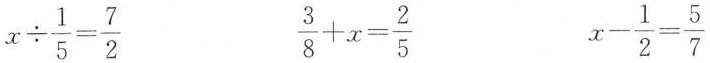
$$x \div \frac{1}{5}= \frac{7}{2}$$ $$\frac{3}{8}+x= \frac{2}{5}$$ $$x- \frac{1}{2}= \frac{5}{7}$$